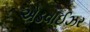
એડવાઈઝર